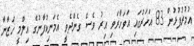
އުމުރުފުޅުން 83 އަހަރުގައި އަވަހާރަވި އިރު ވެސް ގެންދެވީ އެމަނިކުފާނުގެ އިލްމީ ޚަޒާނާ